Vaccination Hyderabad 1890-1903 - 1890-1903
Year: 1890
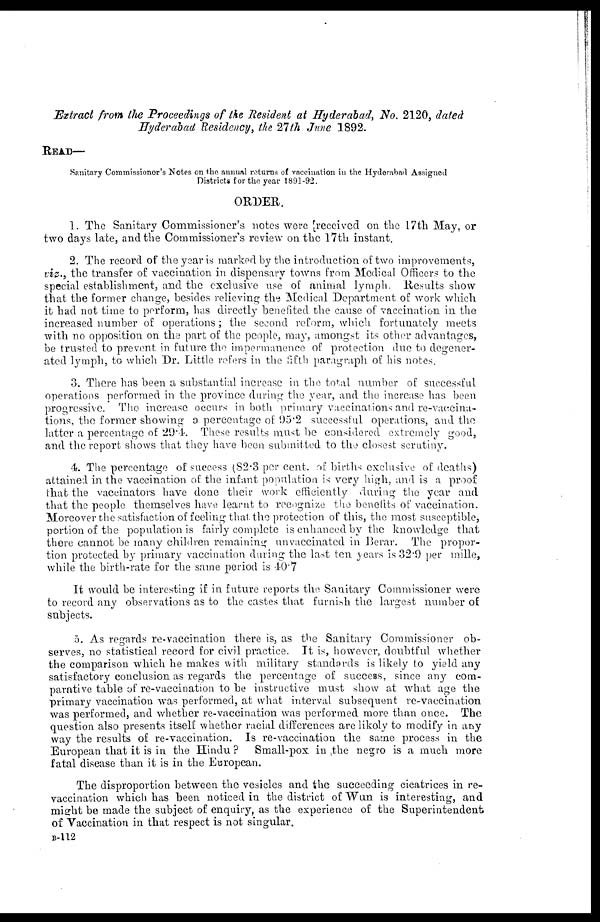
Extract from the Proceedings of the Resident at Hyderabad, No. 2120, dated
Hyderabad Residency, the 27th June 1892.
READ—
Sanitary Commissioner's Notes on the annual returns of vaccination in the Hyderabad Assigned
Districts for the year 1891-92.
ORDER.
1. The Sanitary Commissioner's notes were received on the 17th May, or
two days late, and the Commissioner's review on the 17th instant.
2. The record of the year is marked by the introduction of two improvements,
viz., the transfer of vaccination in dispensary towns from Medical Officers to the
special establishment, and the exclusive use of animal lymph. Results show
that the former change, besides relieving the Medical Department of work which
it had not time to perform, has directly benefited the cause of vaccination in the
increased number of operations; the second reform, which fortunately meets
with no opposition on the part of the people, may, amongst its other advantages,
be trusted to prevent in future the impermanence of protection due to degener-
ated lymph, to which Dr. Little refers in the fifth paragraph of his notes.
3. There has been a substantial increase in the total number of successful
operations performed in the province during the year, and the increase has been
progressive. The increase occurs in both primary vaccinations and re-vaccina-
tions, the former showing a percentage of 95.2 successful operations, and the
latter a percentage of 29.4. These results must be considered extremely good,
and the report shows that they have been submitted to the closest scrutiny.
4. The percentage of success (82.3 per cent. of births exclusive of deaths)
attained in the vaccination of the infant population is very high, and is a proof
that the vaccinators have done their work efficiently during the year and
that the people themselves have learnt to recognize the benefits of vaccination.
Moreover the satisfaction of feeling that, the protection of this, the most susceptible,
portion of the population is fairly complete is enhanced by the knowledge that
there cannot be many children remaining unvaccinated in Berar. The propor-
tion protected by primary vaccination during the last ten years is 32.9 per mille,
while the birth-rate for the same period is 40.7
It would be interesting if in future reports the Sanitary Commissioner were
to record any observations as to the castes that furnish the largest number of
subjects.
5. As regards re-vaccination there is, as the Sanitary Commissioner ob-
serves, no statistical record for civil practice. It is, however, doubtful whether
the comparison which he makes with military standards is likely to yield any
satisfactory conclusion as regards the percentage of success, since any com-
parative table of re-vaccination to be instructive must show at what age the
primary vaccination was performed, at what interval subsequent re-vaccination
was performed, and whether re-vaccination was performed more than once. The
question also presents itself whether racial differences are likely to modify in any
way the results of re-vaccination. Is re-vaccination the same process in the
European that it is in the Hindu ? Small-pox in ,the negro is a much more
fatal disease than it is in the European.
The disproportion between the vesicles and the succeeding cicatrices in re-
vaccination which has been noticed in the district of Wun is interesting, and
might be made the subject of enquiry, as the experience of the Superintendent
of Vaccination in that respect is not singular.
B-112